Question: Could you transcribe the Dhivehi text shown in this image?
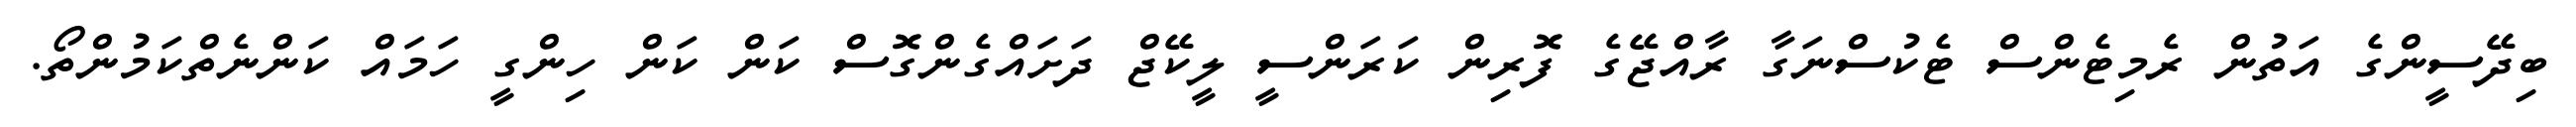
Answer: ބިދޭސީންގެ އަތުން ރެމިޓެންސް ޓެކުސްނަގާ ރާއްޖޭގެ ފޮރިން ކަރަންސީ ލީކޭޖް ދަށައްގެންގޮސް ކަން ކަން ހިންގީ ހަމައް ކަންނެތްކަމުންތޯ.